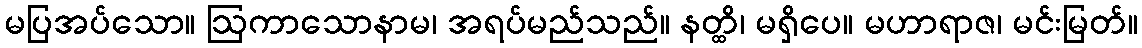
မပြအပ်သော။ ဩကာသောနာမ၊ အရပ်မည်သည်။ နတ္ထိ၊ မရှိပေ။ မဟာရာဇ၊ မင်းမြတ်။